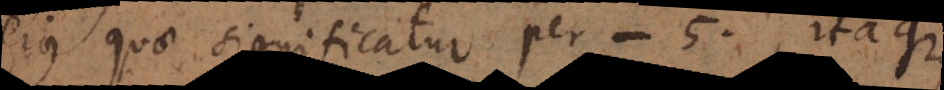
ejus quae significatur per − 5. Itaque